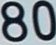
80